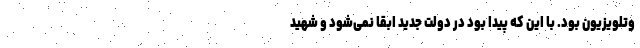
وتلویزیون بود. با این که پیدا بود در دولت جدید ابقا نمی‌شود و شهید